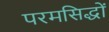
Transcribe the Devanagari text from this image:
परमसिद्धों